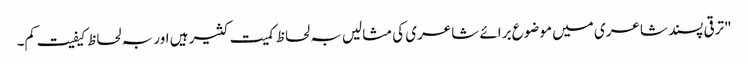
"ترقی پسند شاعری میں موضوع برائے شاعری کی مثالیں بہ لحاظ کمیت کثیر ہیں اور بہ لحاظ کیفیت کم۔